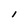
Character: l